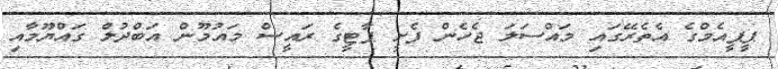
ޕީޕީއެމްގެ އެތެރޭގައި މައްސަލަ ޖެހެން ފެށީ ޕާޓީގެ ރައީސް މައުމޫން އަބްދުލް ގައްޔޫމާއި